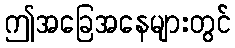
ဤအခြေအနေများတွင်